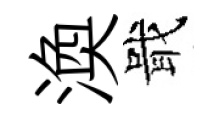
渙戢